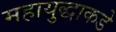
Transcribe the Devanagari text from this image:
महायुद्धाकडे